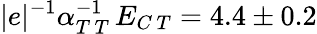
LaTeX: |e|^{-1}\alpha_{T\, T}^{-1}\, E_{C\, T}=4.4\pm 0.2